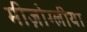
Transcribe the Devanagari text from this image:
मीज़ोग्लीया